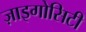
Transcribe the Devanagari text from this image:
ज़ाइगोसिटी